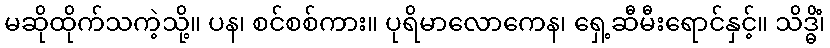
မဆိုထိုက်သကဲ့သို့။ ပန၊ စင်စစ်ကား။ ပုရိမာလောကေန၊ ရှေ့ဆီမီးရောင်နှင့်။ သိဒ္ဓိံ၊